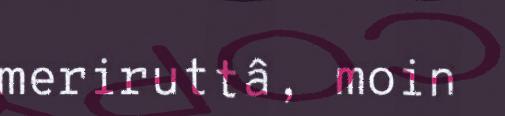
meriruttâ, moin